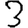
Digit: 3